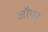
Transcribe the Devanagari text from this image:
जौपर